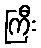
ကြီး